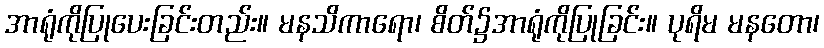
အာရုံကိုပြုပေးခြင်းတည်း။ မနသိကာရော၊ စိတ်၌အာရုံကိုပြုခြင်း။ ပုရိမ မနတော၊